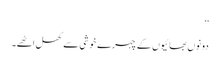
‘‘
دونوں بھائیوں کے چہرے خوشی سے کھل اٹھے۔